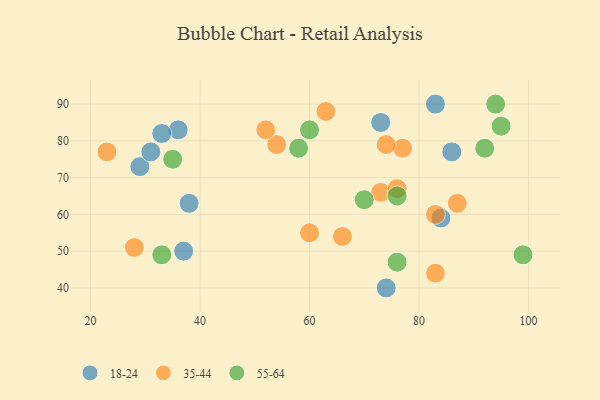
{"axis": {"x": "GDP", "y": "Life Expectancy"}, "legend": ["18-24", "35-44", "55-64"], "data": [{"x": "37", "y": 50, "type": "18-24"}, {"x": "36", "y": 83, "type": "18-24"}, {"x": "29", "y": 73, "type": "18-24"}, {"x": "74", "y": 40, "type": "18-24"}, {"x": "33", "y": 82, "type": "18-24"}, {"x": "83", "y": 90, "type": "18-24"}, {"x": "38", "y": 63, "type": "18-24"}, {"x": "73", "y": 85, "type": "18-24"}, {"x": "31", "y": 77, "type": "18-24"}, {"x": "84", "y": 59, "type": "18-24"}, {"x": "86", "y": 77, "type": "18-24"}, {"x": "77", "y": 78, "type": "35-44"}, {"x": "83", "y": 60, "type": "35-44"}, {"x": "87", "y": 63, "type": "35-44"}, {"x": "54", "y": 79, "type": "35-44"}, {"x": "73", "y": 66, "type": "35-44"}, {"x": "63", "y": 88, "type": "35-44"}, {"x": "52", "y": 83, "type": "35-44"}, {"x": "83", "y": 44, "type": "35-44"}, {"x": "74", "y": 79, "type": "35-44"}, {"x": "60", "y": 55, "type": "35-44"}, {"x": "23", "y": 77, "type": "35-44"}, {"x": "66", "y": 54, "type": "35-44"}, {"x": "28", "y": 51, "type": "35-44"}, {"x": "76", "y": 67, "type": "35-44"}, {"x": "92", "y": 78, "type": "55-64"}, {"x": "76", "y": 47, "type": "55-64"}, {"x": "99", "y": 49, "type": "55-64"}, {"x": "70", "y": 64, "type": "55-64"}, {"x": "76", "y": 65, "type": "55-64"}, {"x": "95", "y": 84, "type": "55-64"}, {"x": "60", "y": 83, "type": "55-64"}, {"x": "94", "y": 90, "type": "55-64"}, {"x": "58", "y": 78, "type": "55-64"}, {"x": "35", "y": 75, "type": "55-64"}, {"x": "33", "y": 49, "type": "55-64"}]}